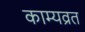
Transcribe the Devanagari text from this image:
काम्यव्रत